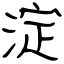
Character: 淀